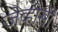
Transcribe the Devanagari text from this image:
जेव्हीसी